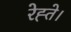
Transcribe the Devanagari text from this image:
रेह्ते।